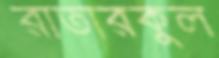
রাতারকুল